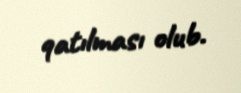
qatılması olub.